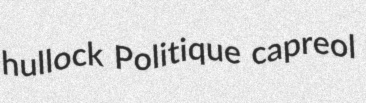
hullock Politique capreol